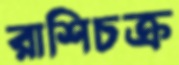
রাশিচক্র